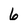
Character: 6